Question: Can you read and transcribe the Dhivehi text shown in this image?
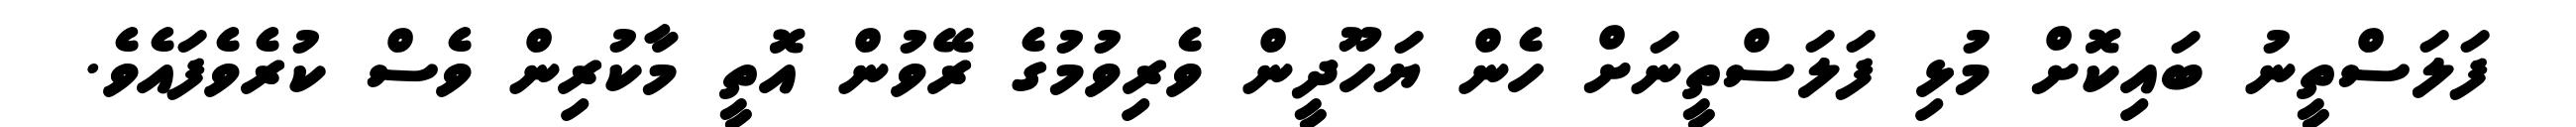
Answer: ފަލަސްތީނު ބައިކޮށް މުޅި ފަލަސްތީނަށް ހެން ޔަހޫދީން ވެރިވުމުގެ ރޭވުން އޮތީ މާކުރިން ވެސް ކުރެވެފައެވެ.